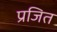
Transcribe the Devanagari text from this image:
प्रजित